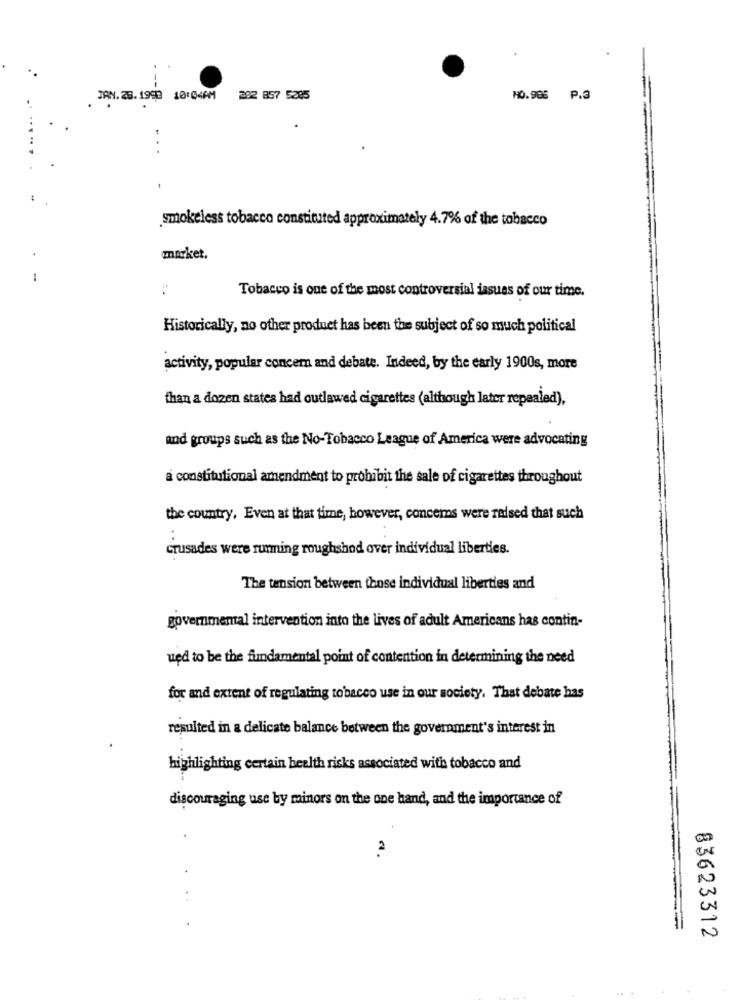
TAN. 25. 1990 10:04PM
292 857 5285
NO.985 P.3
smokeless tobacco constituted approximately 4.7% of the tobacco
market.
:
Tobacco is one of the most controversial issues of our time.
Historically, no other product has been the subject of so much political
activity, popular concem and debate. Indeed, by the early 1900s, more
than a dozen states had outlawed cigarettes (although later repealed),
and groups such as the No-Tobacco League of America were advocating
a constitutional amendment to prohibit the sale of cigarettes throughout
the country, Even at that time, however, concerns were raised that such
crusades were running roughshod over individual liberties.
The tension between those individual liberties and
governmental intervention into the lives of adult Americans has contin-
ued to be the fundamental point of contention in determining the need
for and extent of regulating tobacco use in our society, That debate has
resulted in a delicate balance between the government's interest in
highlighting certain health risks associated with tobacco and
discouraging use by minors on the one hand, and the importance of
2
..
83623312